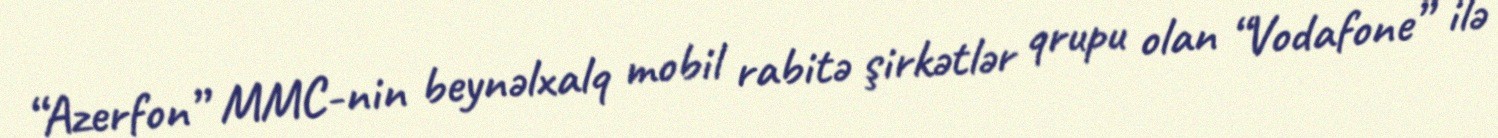
“Azerfon” MMC-nin beynəlxalq mobil rabitə şirkətlər qrupu olan “Vodafone” ilə